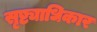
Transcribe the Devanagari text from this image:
सृष्ट्याधिकार